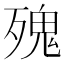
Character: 㱱